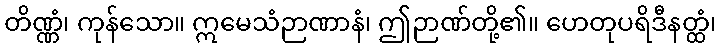
တိဏ္ဏံ၊ ကုန်သော။ ဣမေသံဉာဏာနံ၊ ဤဉာဏ်တို့၏။ ဟေတုပရိဒီနတ္ထံ၊